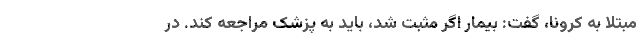
مبتلا به کرونا، گفت: بیمار اگر مثبت شد، باید به پزشک مراجعه کند. در